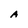
Character: A